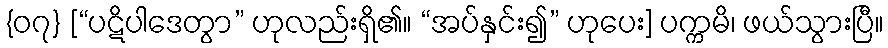
{၀၇} [“ပဋိပါဒေတွာ” ဟုလည်းရှိ၏။ “အပ်နှင်း၍” ဟုပေး] ပက္ကမိ၊ ဖယ်သွားပြီ။